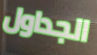
الجداول